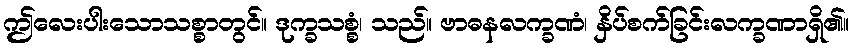
ဤလေးပါးသောသစ္စာတွင်။ ဒုက္ခသစ္စံ၊ သည်။ ဗာဓနလက္ခဏံ၊ နှိပ်စက်ခြင်းလက္ခဏာရှိ၏။